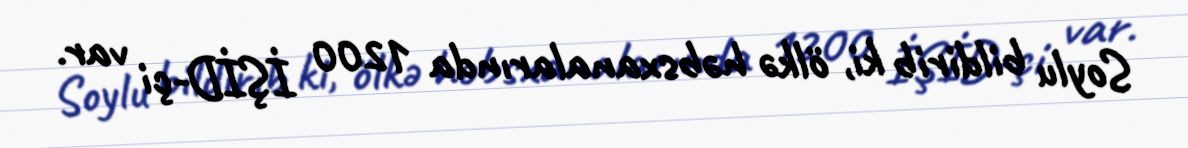
Soylu bildirib ki, ölkə həbsxanalarında 1200 İŞİD-çi var.